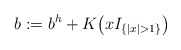
\begin{align*}b := b^h + K\big(xI_{\{|x|>1\}}\big)\end{align*}